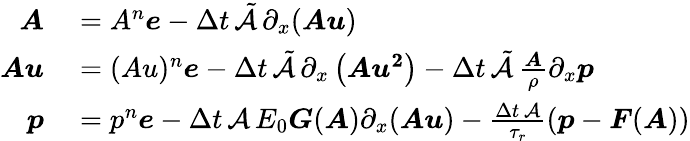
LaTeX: \begin{array}{rl}{\boldsymbol{A}}&{{}=A^{n}\boldsymbol{e}-\Delta t\, \tilde{\mathcal{A}}\, \partial_{x}(\boldsymbol{Au})}\\ {\boldsymbol{Au}}&{{}=(Au)^{n}\boldsymbol{e}-\Delta t\, \tilde{\mathcal{A}}\, \partial_{x}\left(\boldsymbol{Au^{2}}\right)-\Delta t\, \tilde{\mathcal{A}}\, \frac{\boldsymbol{A}}{\rho}\partial_{x}\boldsymbol{p}}\\ {\boldsymbol{p}}&{{}=p^{n}\boldsymbol{e}-\Delta t\, \mathcal{A}\, E_{0}\boldsymbol{G}(\boldsymbol{A})\partial_{x}(\boldsymbol{Au})-\frac{\Delta t\, \mathcal{A}}{\tau_{r}}\left(\boldsymbol{p}-\boldsymbol{F}(\boldsymbol{A})\right)}\end{array}